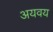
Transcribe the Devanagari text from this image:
अयवय